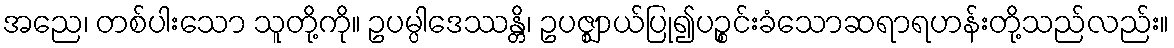
အညေ၊ တစ်ပါးသော သူတို့ကို။ ဥပမ္ပါဒေဿန္တိ၊ ဥပဇ္ဈာယ်ပြု၍ပဉ္စင်းခံသောဆရာရဟန်းတို့သည်လည်း။